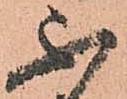
不